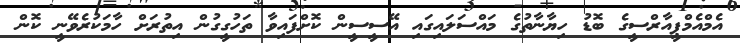
އެމްއެމްޕީއާރްސީގެ ބޮޑު ހިޔާނާތުގެ މައްސަލައިގައި އޭސީސީން ކޮށްފައިވާ ތަހުގީގުން އިތުރަށް ހާމަކުރެވޭނީ ކޮން